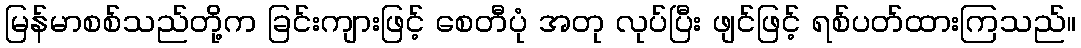
မြန်မာစစ်သည်တို့က ခြင်းကျားဖြင့် စေတီပုံ အတု လုပ်ပြီး ဖျင်ဖြင့် ရစ်ပတ်ထားကြသည်။